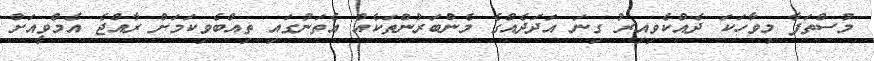
މުސްތަފާ މިވާހަކަ ދެއްކެވިއިރު ގިނަ އަދަދެއްގެ މެންބަރުންތަކެއް އެތަނުގައި ތިއްބެވިކަމަށް ރާއްޖެ އެމްވީއަށް